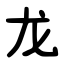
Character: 龙